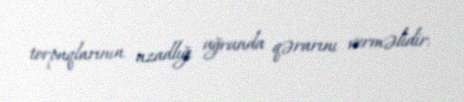
torpaqlarının azadlığı uğrunda qərarını verməlidir.